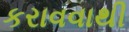
કરાવવાથી